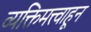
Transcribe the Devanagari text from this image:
व्यक्तिमत्त्वाहून